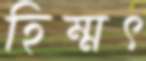
হিম্মৎ